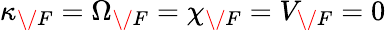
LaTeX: \kappa_{\/ F}=\Omega_{\/ F}=\chi_{\/ F}=V_{\/ F}=0